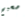
صحيح